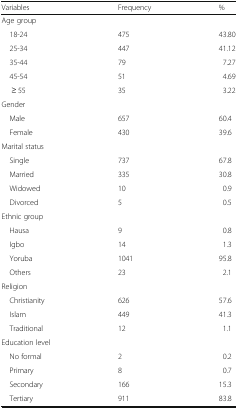
| Variables | Frequency | % |
 | --- | --- | --- |
 | Age group |  |  |
 | 18-24 | 475 | 43.80 |
 | 25-34 | 447 | 41.12 |
 | 35-44 | 79 | 7.27 |
 | 45-54 | 51 | 4.69 |
 | ≥ 55 | 35 | 3.22 |
 | Gender |  |  |
 | Male | 657 | 60.4 |
 | Female | 430 | 39.6 |
 | Marital status |  |  |
 | Single | 737 | 67.8 |
 | Married | 335 | 30.8 |
 | Widowed | 10 | 0.9 |
 | Divorced | 5 | 0.5 |
 | Ethnic group |  |  |
 | Hausa | 9 | 0.8 |
 | Igbo | 14 | 1.3 |
 | Yoruba | 1041 | 95.8 |
 | Others | 23 | 2.1 |
 | Religion |  |  |
 | Christianity | 626 | 57.6 |
 | Islam | 449 | 41.3 |
 | Traditional | 12 | 1.1 |
 | Education level |  |  |
 | No formal | 2 | 0.2 |
 | Primary | 8 | 0.7 |
 | Secondary | 166 | 15.3 |
 | Tertiary | 911 | 83.8 |